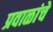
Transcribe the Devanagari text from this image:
प्रवाळांचे